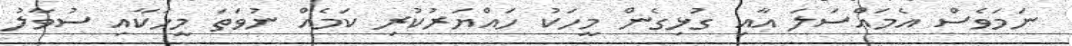
ނަމަވެސް އެމައްސަލަ އާއި ގުޅިގެން މީހަކު ހައްޔަރުކުރި ކަމެއް ނުވަތަ މީހަކާއި ސުވާލު